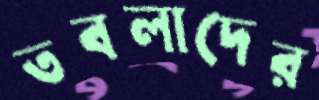
তবলাদের